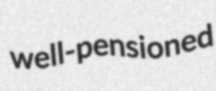
well-pensioned